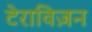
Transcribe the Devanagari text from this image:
टेराविज़न